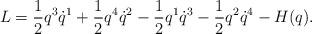
LaTeX: \begin{align*}L = \frac{1}{2} q^3 \dot q^1 + \frac{1}{2} q^4 \dot q^2 - \frac{1}{2} q^1 \dot q^3 - \frac{1}{2} q^2 \dot q^4 - H(q).\end{align*}